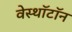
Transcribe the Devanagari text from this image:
वेस्थॉटॉन